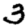
Digit: 3